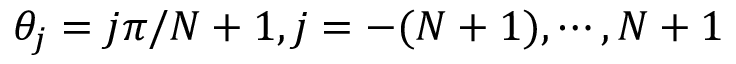
\theta _ { j } = j \pi / N + 1 , j = - ( N + 1 ) , \cdots , N + 1